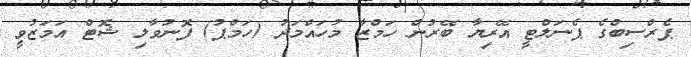
ޕެރްސިބްގެ ޕެނަލްޓީ އޭރިޔާ ބޭރުން ހަމްޒާ މުހައްމަދު (ހަމްޕު) ފޮނުވާލި ޝޮޓް އަމަޒުވީ